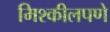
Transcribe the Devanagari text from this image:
मिश्कीलपणे